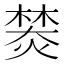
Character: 𤍾